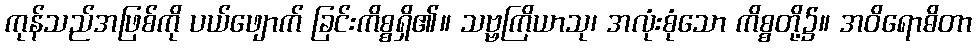
ကုန်သည်အဖြစ်ကို ပယ်ဖျောက် ခြင်းကိစ္စရှိ၏။ သဗ္ဗကြိယာသု၊ အလုံးစုံသော ကိစ္စတို့၌။ အဝိရောဓိတာ